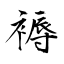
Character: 褥